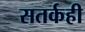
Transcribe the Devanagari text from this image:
सतर्कही